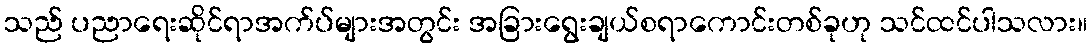
သည် ပညာရေးဆိုင်ရာအက်ပ်များအတွင်း အခြားရွေးချယ်စရာကောင်းတစ်ခုဟု သင်ထင်ပါသလား။